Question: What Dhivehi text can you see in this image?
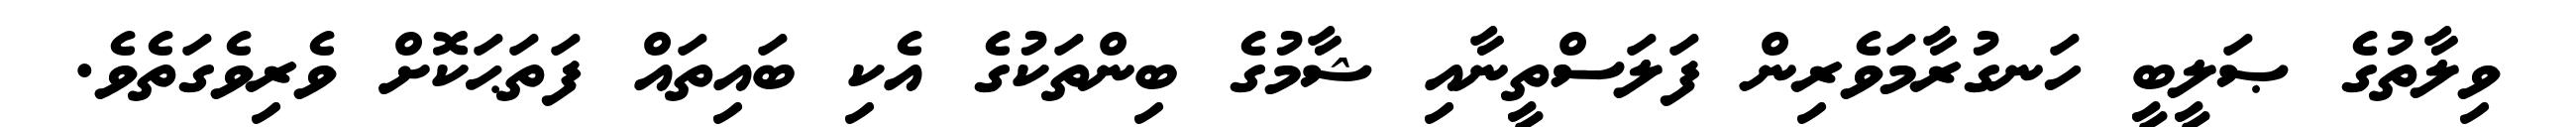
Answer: ވިލާތުގެ ޞަލީބީ ހަނގުރާމަވެރިން ފަލަސްތީނާއި ޝާމުގެ ބިންތަކުގެ އެކި ބައިތައް ފަތަޙަކޮށް ވެރިވެގަތެވެ.